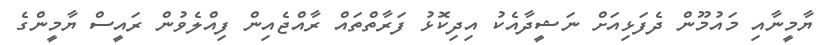
ޔާމީނާއި މައުމޫން ދެފަޅިއަށް ނަޝީދާއެކު އިދިކޮޅު ފަރާތްތައް ރާއްޖެއިން ފިއްލެވުން ރައީސް ޔާމީންގެ